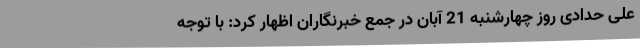
علی حدادی روز چهارشنبه 21 آبان در جمع خبرنگاران اظهار کرد: با توجه